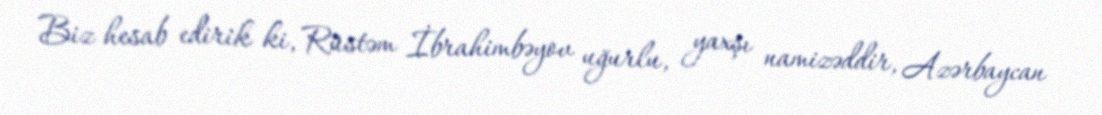
Biz hesab edirik ki, Rüstəm İbrahimbəyov uğurlu, yaxşı namizəddir, Azərbaycan